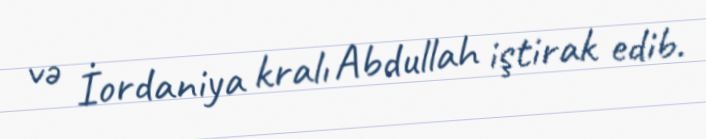
və İordaniya kralı Abdullah iştirak edib.